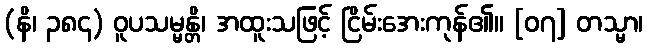
(နိ၊ ၃၈၄) ဝူပသမ္မန္တိ၊ အထူးသဖြင့် ငြိမ်းအေးကုန်၏။ [၀၇] တသ္မာ၊